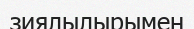
зиялылырымен